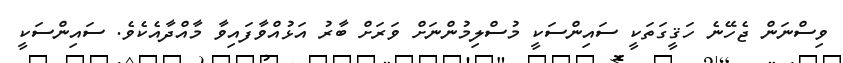
ވިސްނަން ޖެހޭނެ ހަޤީގަތަކީ ސައިންސަކީ މުސްލިމުންނަށް ވަރަށް ބާރު އަޅުއްވާފައިވާ މާއްދާއެކެވެ. ސައިންސަކީ